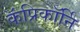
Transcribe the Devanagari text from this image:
कॅप्रिकॉर्नि